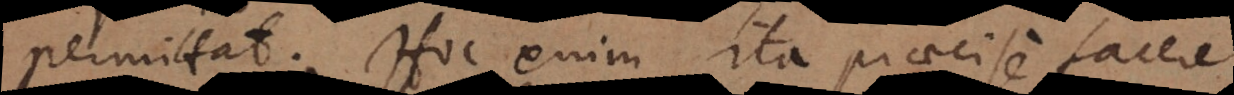
permittat. Hoc enim ita praecise facere